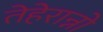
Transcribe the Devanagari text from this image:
तेहेरान्नो